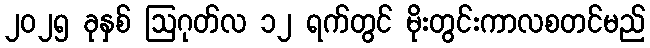
၂၀၂၅ ခုနှစ် ဩဂုတ်လ ၁၂ ရက်တွင် မိုးတွင်းကာလစတင်မည်